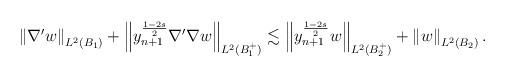
LaTeX: \begin{align*}\left\| \nabla' w \right\|_{L^2(B_{1})} + \left\| y_{n+1}^{\frac{1-2s}{2}} \nabla' \nabla w \right\|_{L^2(B_{1}^+)}\lesssim \left\| y_{n+1}^{\frac{1-2s}{2}} w \right\|_{L^2(B_{2}^+)} + \left\| w \right\|_{L^2(B_{2})}.\end{align*}